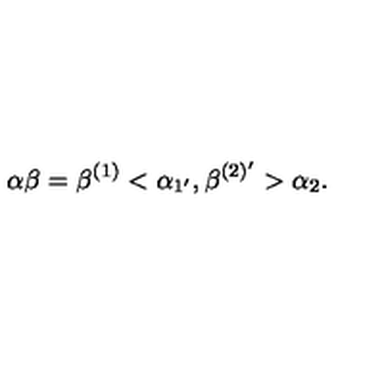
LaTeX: \alpha \beta = \beta ^ { ( 1 ) } < \alpha _ { 1 ^ { \prime } } , \beta ^ { ( 2 ) ^ { \prime } } > \alpha _ { 2 } .